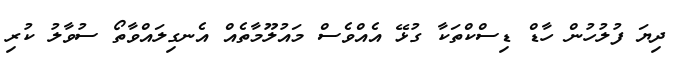
ދިޔަ ފުލުހުން ހާޑް ޑިސްކްތަކާ ގުޅޭ އެއްވެސް މައުލޫމާތެއް އެނގިލައްވާތޯ ސުވާލު ކުރި